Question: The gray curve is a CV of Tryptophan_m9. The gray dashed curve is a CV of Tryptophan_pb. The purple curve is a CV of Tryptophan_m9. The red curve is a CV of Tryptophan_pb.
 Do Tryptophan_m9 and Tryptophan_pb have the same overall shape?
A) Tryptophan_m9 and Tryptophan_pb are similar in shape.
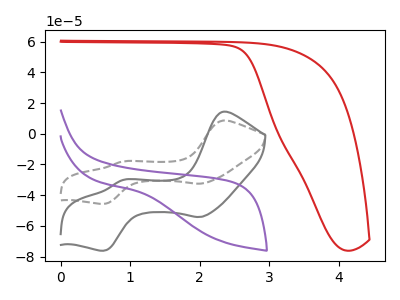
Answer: <think>The gray curve "Tryptophan_m9" has anodic peaks at (2.35V, 14.40uA) (0.90V, -30.10uA) and cathodic peaks at (2.00V, -54.20uA) (0.65V, -76.15uA). The gray dashed curve "Tryptophan_pb" has anodic peaks at (2.35V, 8.60uA) (0.90V, -18.05uA) and cathodic peaks at (2.00V, -32.50uA) (0.65V, -45.65uA). The purple curve "Tryptophan_m9" has no peaks. The red curve "Tryptophan_pb" has no peaks.
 All the peaks in "Tryptophan_m9" have a peak in "Tryptophan_pb" at the same potential.</think>
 <answer>A) "Tryptophan_m9" and "Tryptophan_pb" are similar in shape.</answer>
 <eval>A</eval>